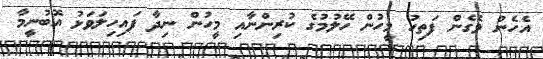
އެހެން ވެގެން ފަތިހު މީހުން ހޭލުމުގެ ކުރިންނާއި މީހުން ނިދާ ފައިހިލަވަޅު އޮބުނީމާ